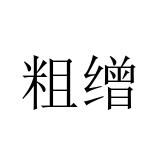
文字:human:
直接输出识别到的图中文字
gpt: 粗缯